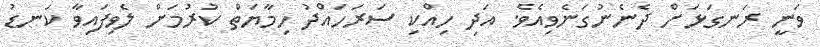
ވަނީ ރަނގަޅަށް ދެނެނުގަނެވިއެވެ. އަދި ހިއްކި ސަރަހައްދު ހިމާޔަތް ކުރުމަށް ލެވިފައިވާ ކަނޑު